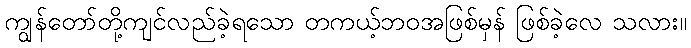
ကျွန်တော်တို့ကျင်လည်ခဲ့ရသော တကယ့်ဘဝအဖြစ်မှန် ဖြစ်ခဲ့လေ သလား။